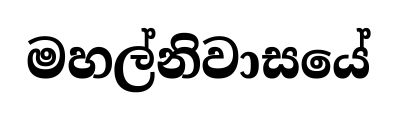
මහල්නිවාසයේ